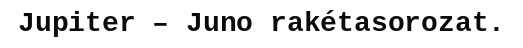
Jupiter – Juno rakétasorozat.